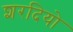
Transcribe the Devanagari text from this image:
शरदियो